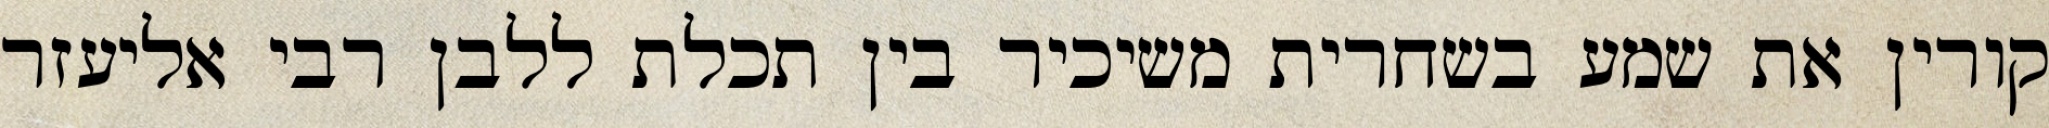
קורין את שמע בשחרית משיכיר בין תכלת ללבן רבי אליעזר